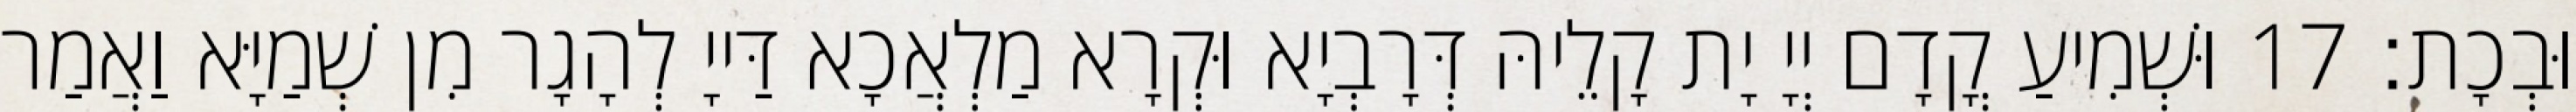
וּבְכָת׃ 17 וּשְׁמִיעַ קֳדָם יְיָ יָת קָלֵיהּ דְּרָבְיָא וּקְרָא מַלְאֲכָא דַּייָ לְהָגָר מִן שְׁמַיָּא וַאֲמַר